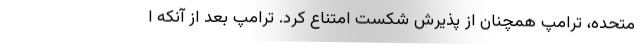
متحده، ترامپ همچنان از پذیرش شکست امتناع کرد. ترامپ بعد از آنکه ا